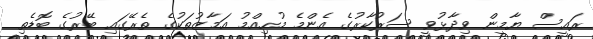
ރައީސް ޔާމީން ވިދާޅުވީ ސަރުކާރުގެ އެންމެ މުހިއްމު އަމާޒުތަކުގެ ތެރޭގައި ބޭރުގެ ބޮޑެތި